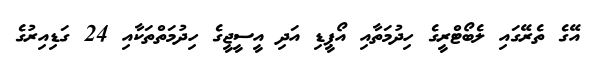
އޭގެ ތެރޭގައި ލެބޯޓްރީގެ ހިދުމަތާއި އޯޕީޑި އަދި އީސީޖީގެ ހިދުމަތްތަކާއި 24 ގަޑިއިރުގެ